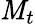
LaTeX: \mathit{M}_{t}